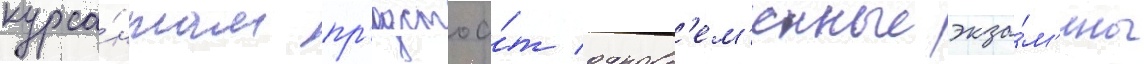
курса́нтам пр'едстоа́т одновр'ем'енные экза́м'ены